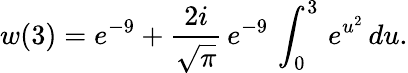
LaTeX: w(3)=e^{-9}+\frac{2i}{\sqrt\pi}\, e^{-9}\, \int_{0}^{3}\, e^{u^{2}}\, du.